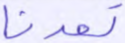
تعدنا